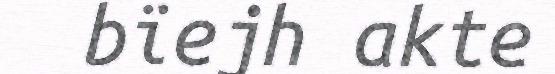
bïejh akte